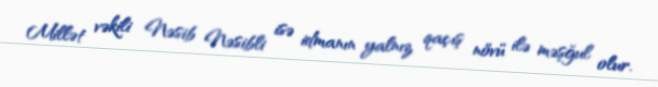
Millət vəkili Nəsib Nəsibli isə idmanın yalnız qaçış növü ilə məşğul olur.